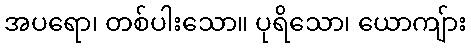
အပရော၊ တစ်ပါးသော။ ပုရိသော၊ ယောကျ်ား